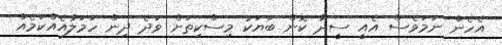
އެހެން ނަމަވެސް އެއީ ސީދާ ކޮން ބަޔަކު މިސްކިތަށް ވަދެ ދިން ހަމަލާއެއްކަމެއް